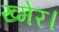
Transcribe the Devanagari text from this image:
ख्मेर।